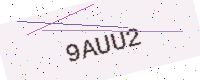
Text: 9AUU2